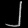
Digit: ၂